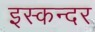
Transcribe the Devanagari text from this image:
इस्कन्दर